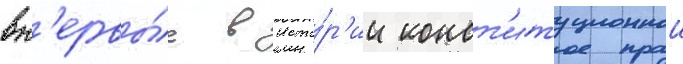
вп'ервы́е в исто́р'ии конст'итуционнои